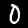
Digit: 0